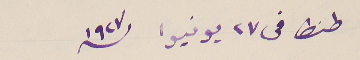
طنطا في ٢٧ يونيوا سنة ١٩٢٧